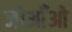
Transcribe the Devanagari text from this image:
जोआँओ